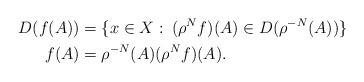
LaTeX: \begin{align*}D(f(A)) & = \{ x \in X:\: (\rho^Nf)(A) \in D(\rho^{-N}(A)) \} \\f(A) & = \rho^{-N}(A) (\rho^Nf)(A).\end{align*}